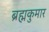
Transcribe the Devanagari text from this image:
ब्रह्मकुमार